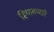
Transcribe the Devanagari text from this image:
हिणवणारे